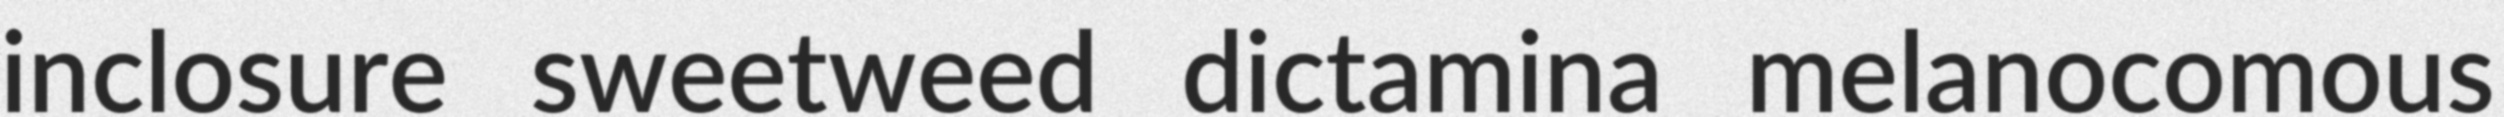
inclosure sweetweed dictamina melanocomous